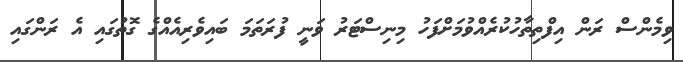
ވިމެންސް ރަން އިފްތިތާހުކުރެއްވުމަށްފަހު މިނިސްޓަރު ވަނީ ފުރަތަމަ ބައިވެރިއެއްގެ ގޮތުގައި އެ ރަންގައި